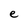
Character: e